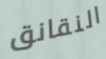
النقانق